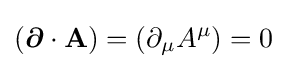
({\boldsymbol {\partial }}\cdot \mathbf {A} )=\left(\partial _{\mu }A^{\mu }\right)=0